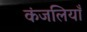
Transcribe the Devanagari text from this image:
कंजलियाँ